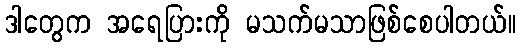
ဒါတွေက အရေပြားကို မသက်မသာဖြစ်စေပါတယ်။